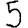
Digit: 5